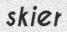
skier